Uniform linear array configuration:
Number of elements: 12
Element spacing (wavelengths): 0.25
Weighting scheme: blackman
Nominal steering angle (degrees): -30
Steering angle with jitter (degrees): -30.394
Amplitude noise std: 0.05
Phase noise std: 0.05

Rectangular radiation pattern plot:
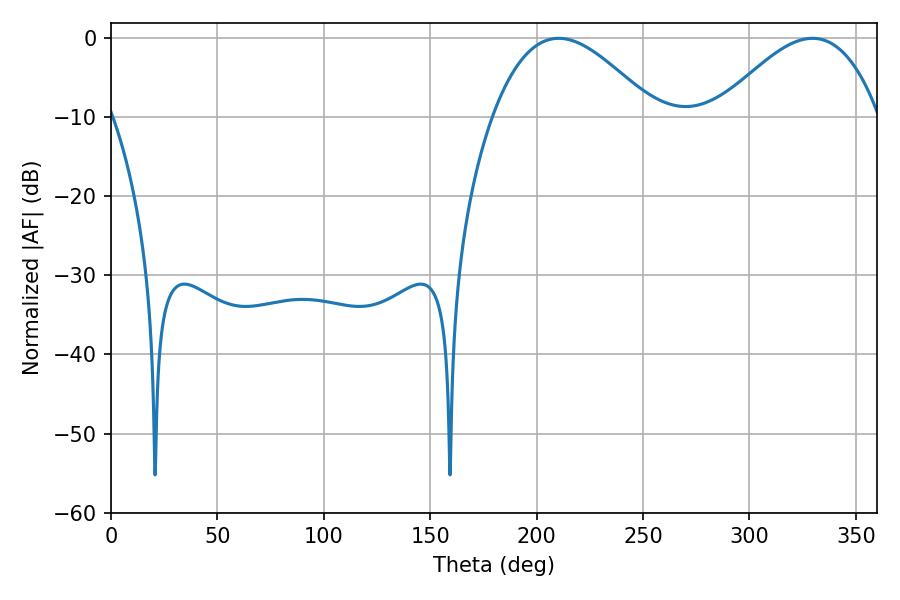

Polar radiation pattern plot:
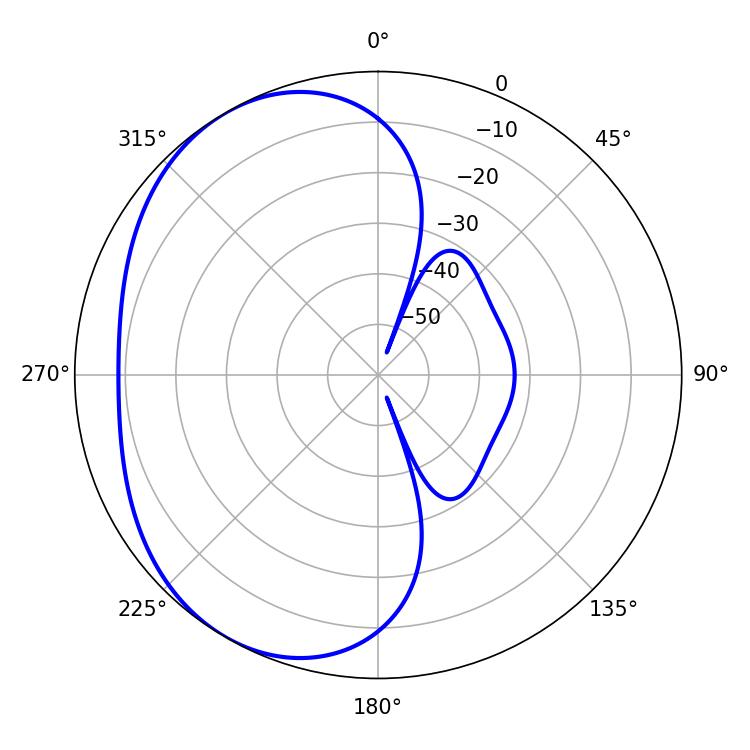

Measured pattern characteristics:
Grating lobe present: FALSE
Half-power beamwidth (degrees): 41.04
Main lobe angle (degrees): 210.42